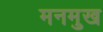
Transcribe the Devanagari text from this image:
मनमुख